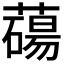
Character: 𦿆